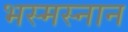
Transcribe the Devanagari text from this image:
भस्मस्नान